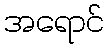
အရောင်